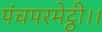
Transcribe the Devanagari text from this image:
पंचपरमेट्ठी।।